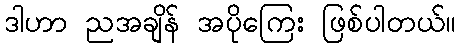
ဒါဟာ ညအချိန် အပိုကြေး ဖြစ်ပါတယ်။